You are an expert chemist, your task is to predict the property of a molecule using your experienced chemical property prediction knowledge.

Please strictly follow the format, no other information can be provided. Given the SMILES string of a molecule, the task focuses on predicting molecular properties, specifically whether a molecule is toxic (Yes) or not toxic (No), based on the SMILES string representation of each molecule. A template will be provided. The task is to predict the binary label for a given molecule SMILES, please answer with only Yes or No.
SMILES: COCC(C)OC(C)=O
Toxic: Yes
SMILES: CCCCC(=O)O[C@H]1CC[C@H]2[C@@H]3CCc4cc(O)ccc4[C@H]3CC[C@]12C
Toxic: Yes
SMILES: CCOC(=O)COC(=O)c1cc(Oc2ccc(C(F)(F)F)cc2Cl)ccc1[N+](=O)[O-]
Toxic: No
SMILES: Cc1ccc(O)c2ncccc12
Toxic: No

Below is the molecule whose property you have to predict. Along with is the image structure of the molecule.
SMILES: CCC1(C)NC(=O)NC1=O
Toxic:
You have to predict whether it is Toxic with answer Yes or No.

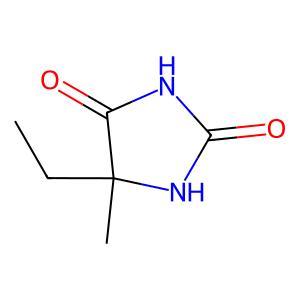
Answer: No